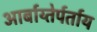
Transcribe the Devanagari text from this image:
आर्बाय्तेर्पर्ताय